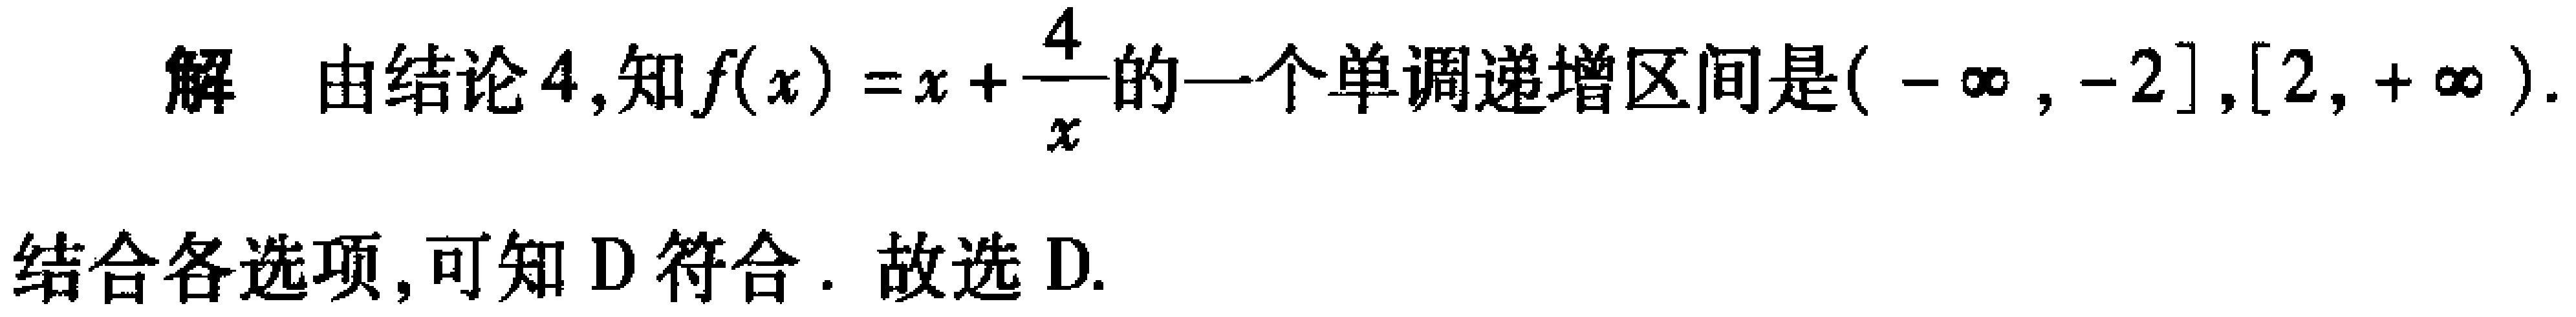
解 由结论4,知\(f(x)=x+\frac{4}{x}\)的一个单调递增区间是\((-\infty,-2],[2,+\infty)\).

结合各选项, 可知 D 符合. 故选 D.